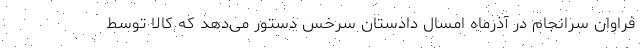
فراوان سرانجام در آذرماه امسال دادستان سرخس دستور می‌دهد که کالا توسط